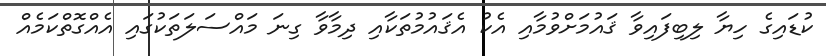
ކުޑައިގެ ހިޔާ ލިބިފައިވާ ޤައުމަށްވުމާއި އެކު އެޤައުމުތަކާއި ދިމާވާ ގިނަ މައްސަލަތަކުގައި އެއްގޮތްކަމެއް